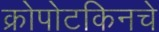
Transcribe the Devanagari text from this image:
क्रोपोटकिनचे